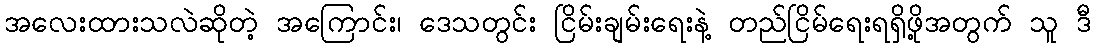
အလေးထားသလဲဆိုတဲ့ အကြောင်း၊ ဒေသတွင်း ငြိမ်းချမ်းရေးနဲ့ တည်ငြိမ်ရေးရရှိဖို့အတွက် သူ ဒီ